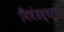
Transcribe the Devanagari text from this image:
निबंधस्वरूप